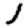
Digit: 1